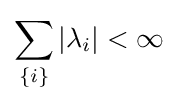
\sum _{\{i\}}\vert \lambda _{i}\vert <\infty